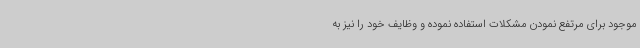
موجود برای مرتفع نمودن مشکلات استفاده نموده و وظایف خود را نیز به